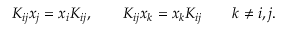
K _ { i j } x _ { j } = x _ { i } K _ { i j } , \qquad K _ { i j } x _ { k } = x _ { k } K _ { i j } \qquad k \ne i , j .